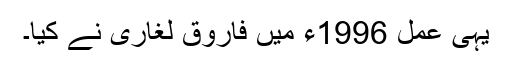
یہی عمل 1996ء میں فاروق لغاری نے کیا۔